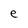
Character: e